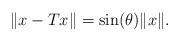
LaTeX: \begin{align*}\|x-Tx\| = \sin(\theta)\|x\|. \end{align*}